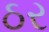
ઠર